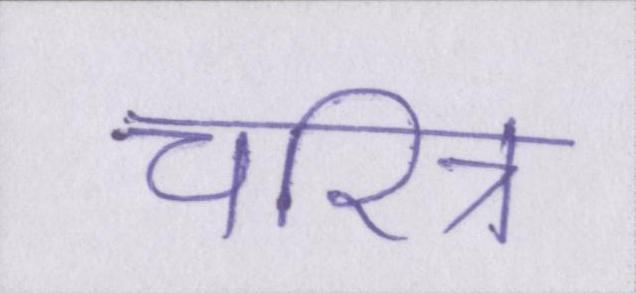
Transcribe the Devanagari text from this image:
चरित्र